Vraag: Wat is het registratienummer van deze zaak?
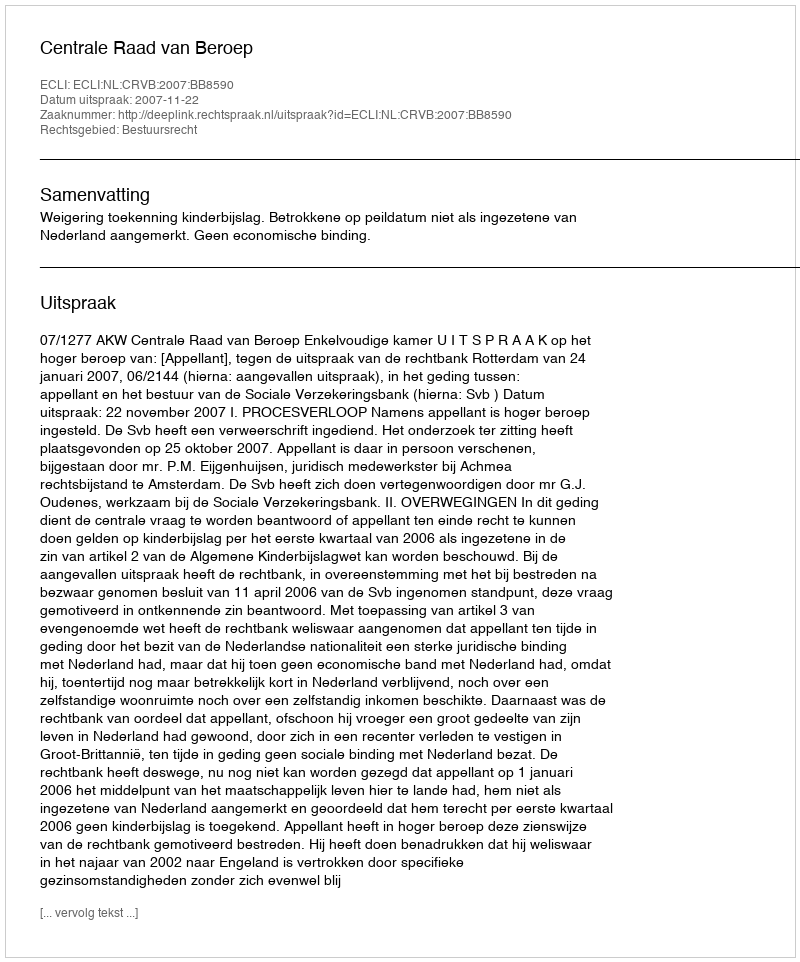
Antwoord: http://deeplink.rechtspraak.nl/uitspraak?id=ECLI:NL:CRVB:2007:BB8590